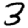
Digit: 3